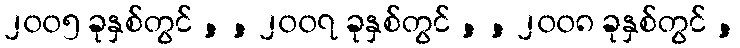
၂၀၀၅ ခုနှစ်တွင် , , ၂၀၀၇ ခုနှစ်တွင် , , ၂၀၀၈ ခုနှစ်တွင် ,